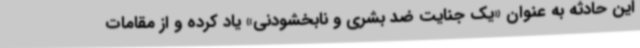
این حادثه به عنوان «یک جنایت ضد بشری و نابخشودنی» یاد کرده و از مقامات